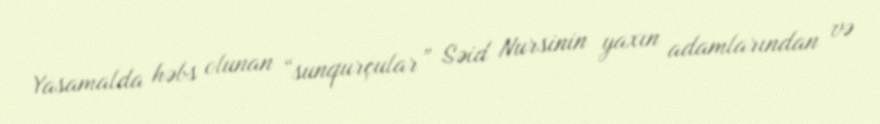
Yasamalda həbs olunan “sunqurçular” Səid Nursinin yaxın adamlarından və